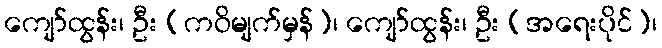
ကျော်ထွန်း၊ ဦး (ကဝိမျက်မှန်)၊ ကျော်ထွန်း၊ ဦး (အရေးပိုင်)၊